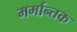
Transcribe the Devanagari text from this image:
मर्मान्तक